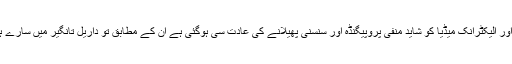
اس لیئے ان پہ بحث مطلوب نہیں لیکن ایک بات ضروری یہ کہ پرنٹ اور الیکٹرانک میڈیا کو شاید منفی پروپیگنڈہ اور سنسنی پھیلانے کی عادت سی ہوگئی ہے ان کے مطابق تو داریل تانگیر میں سارے ہی دہشت گرد اور تخریب کار ہیں اور کہیں بھی کوئی اچھائی نہیں ہے۔